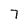
Character: 7